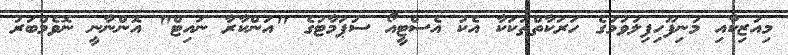
މިއުޒިކާއި މުނިފޫހިފިލުވުމުގެ ހަރަކާތްތަކަކާ އެކު އެސްޓީއޯ ސުޕަމާޓުގެ "އަންކާރާ ނައިޓް" އޮންނާނީ ނޮވެމްބަރު